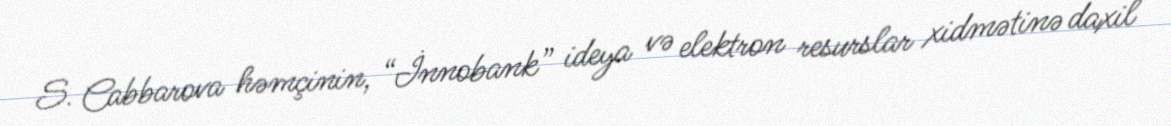
S. Cabbarova həmçinin, “İnnobank” ideya və elektron resurslar xidmətinə daxil